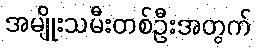
အမျိုးသမီးတစ်ဦးအတွက်